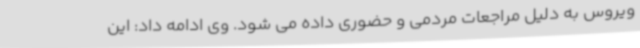
ویروس به دلیل مراجعات مردمی و حضوری داده می شود. وی ادامه داد: این